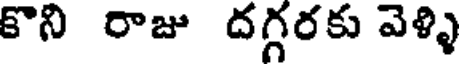
కొని రాజు దగ్గరకు వెళ్ళి